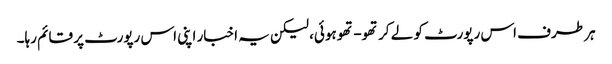
ہر طرف اس رپورٹ کو لے کر تھو- تھو ہوئی، لیکن یہ اخبار اپنی اس رپورٹ پر قائم رہا۔